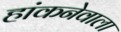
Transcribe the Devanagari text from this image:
हांकनेवाला